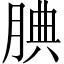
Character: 腆